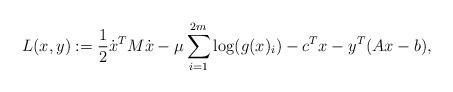
LaTeX: \begin{align*}L(x,y) := \frac{1}{2} \dot{x}^T M \dot{x} - \mu \sum_{i=1}^{2m} \log(g(x)_i) - c^T x - y^T (Ax-b),\end{align*}